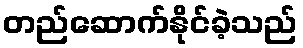
တည်ဆောက်နိုင်ခဲ့သည်